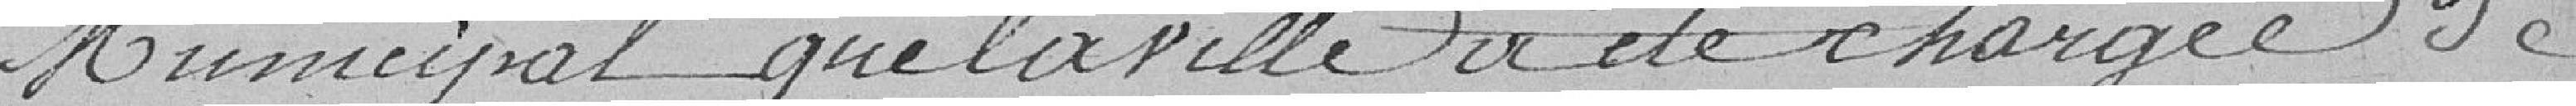
Municipal, que le ville a été chargée de